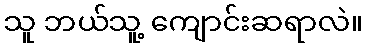
သူ ဘယ်သူ့ ကျောင်းဆရာလဲ။